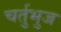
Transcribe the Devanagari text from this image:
चर्तुभुज